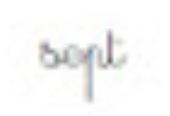
sept